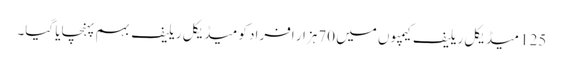
125 میڈیکل ریلیف کیمپوں میں 70ہزار افراد کو میڈیکل ریلیف بہم پہنچایا گیا۔